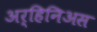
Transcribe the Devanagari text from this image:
अर्हिनिअस